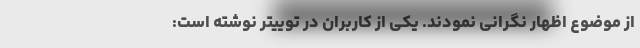
از موضوع اظهار نگرانی نمودند. یکی از کاربران در توییتر نوشته است: